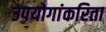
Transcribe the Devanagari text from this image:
उपयोगांकरिता